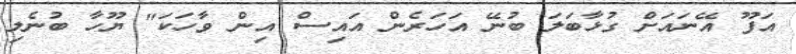
އަފޫ އޭނައަށް ގުޅާބަލަ ބުނޭ އަހަރެން އައިސް އިން ވާހަކަ" ޔޫހާ ބުނެލި